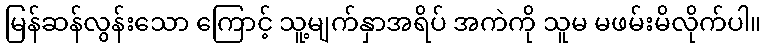
မြန်ဆန်လွန်းသော ကြောင့် သူ့မျက်နှာအရိပ် အကဲကို သူမ မဖမ်းမိလိုက်ပါ။